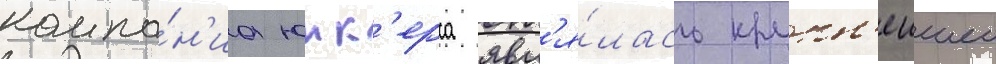
компа́н'иа юнк'ерса явл'я́лась крупн'еишеи